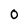
Character: O